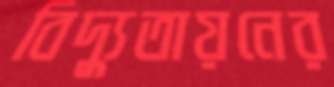
বিদ্যুতায়নের